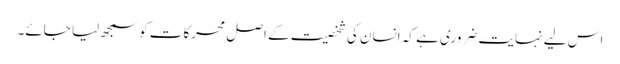
اس لیے نہایت ضروری ہے کہ انسان کی شخصیت کے اصل محرکات کو سمجھ لیا جائے۔